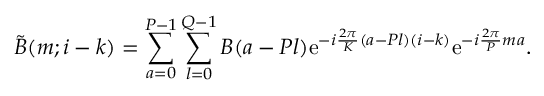
\tilde { B } ( m ; i - k ) = \sum _ { a = 0 } ^ { P - 1 } \sum _ { l = 0 } ^ { Q - 1 } B ( a - P l ) \mathrm { e } ^ { - i { \frac { 2 \pi } { K } } ( a - P l ) ( i - k ) } \mathrm { e } ^ { - i { \frac { 2 \pi } { P } } m a } .